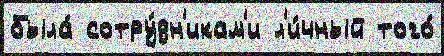
была́ сотру́дн'икам'и л'и́чный того́